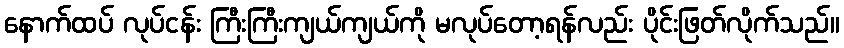
နောက်ထပ် လုပ်ငန်း ကြီးကြီးကျယ်ကျယ်ကို မလုပ်တော့ရန်လည်း ပိုင်းဖြတ်လိုက်သည်။